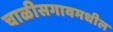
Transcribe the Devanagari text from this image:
चाळीसगावमधील